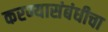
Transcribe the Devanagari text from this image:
करण्यासंबंधीचा